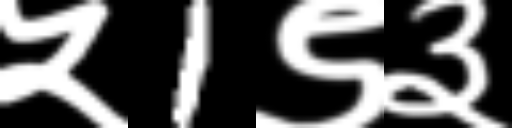
Text: ५1९३